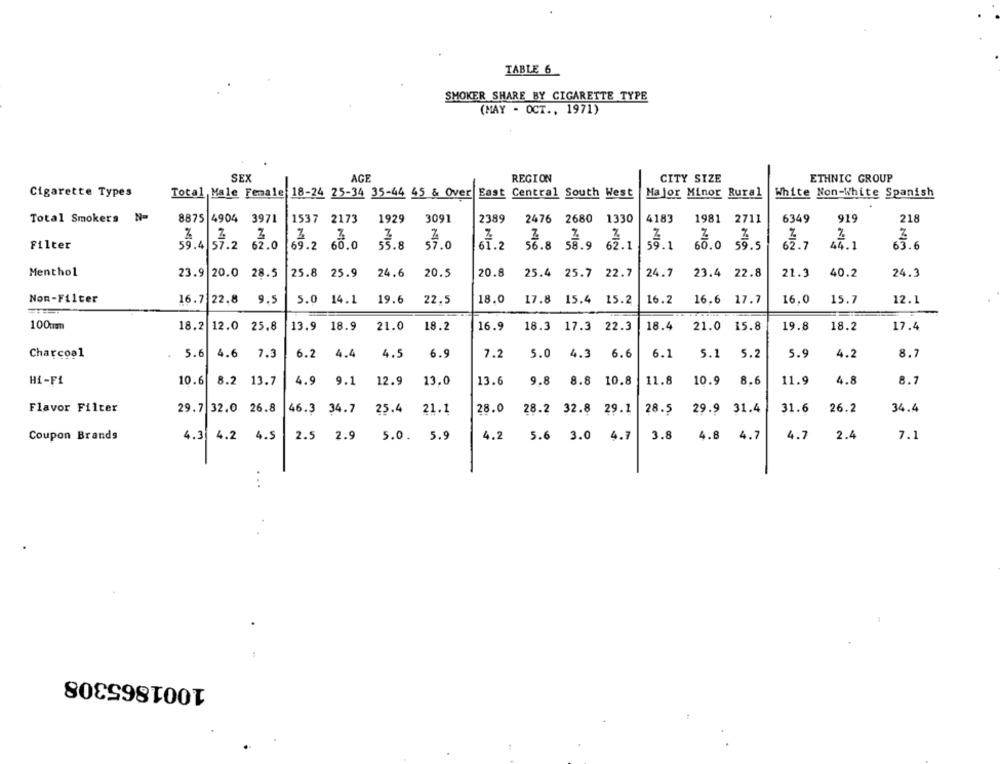
TABLE 6
SMOKER SHARE BY CIGARETTE TYPE
(MAY - OCT ., 1971)
SEX
AGE
REGION
CITY SIZE
ETHNIC GROUP
Cigarette Types
Total Male Female 18-24 25-34 35-44 45 & Over East Central South West
Major Minor Rural
White Non-White Spanish
Total Smokers N=
8875 4904 3971
1537 2173
1929
3091
2389
2476 2680 1330
4183
1981 2711
6349
919
218
2
69.2 60.
57.0
56.8 58.9
62.1
55.1
63.6
Filter
59.4 57.2 62.0
55.8
61.2
60.0 59.5
62.7
44.1
Menthol
23.9 20.0 28.5
25.8 25.9
24.6
20.5
20.8
25.4 25.7 22.7
24.7
23.4 22.8
21.3
40.2
24.3
Non-Filter
16.7 22.8
9.5
5.0 14.1
22.5
18.0
16.2
16.0
15.7
19.6
17.8 15.4 15.2
16,6 17.7
12.1
100um
18.2
12.0 25.8
13.9 18.9
21.0
18.2
16.9
18.3 17.3 22.3
18.4
21.0
21.0 15.8
19.8
18.2
17.4
Charcoal
5.6
4.6 7.3
6.2 4.4
4.5
6.9
7.2
5.0
4.3
6.6
6.1
5.1
5.2
5.9
4.2
8.7
Hi-Fi
10.6
8.2 13.7
4.9
9.1
12.9
13.0
13.6
9.8
8.8 10.8
11.8
10.9 8.6
11.9
4.8
8.7
Flavor Filter
29.7 32.0 26.8
46.3 34.7
25.4
21.1
28.0
28.2 32.8 29.1
28.5
29.9 31.4
31.6
26.2
34.4
4.3
4.2
4.5
2.5 2.9
4.2
4.7
3.8
4.8 4.7
4.7
2.4
7.
Coupon Brands
5.0. 5.9
5.6 3.0
..
1001865308